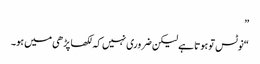
”
“نوٹس تو ہوتا ہے لیکن ضروری نہیں کہ لکھا پڑھی میں ہو۔